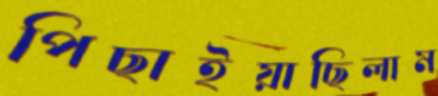
পিছাইয়াছিলাম